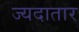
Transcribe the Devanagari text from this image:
ज्यदातार